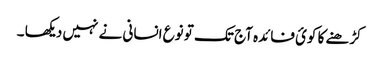
کڑھنے کا کوئ فائدہ آج تک تو نوع انسانی نے نہیں دیکھا ۔